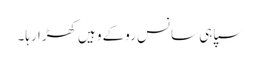
سپاہی سانس روکے وہیں کھڑا رہا۔